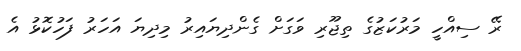
ރޭ ސިއްހީ މަރުކަޒުގެ ތިޖޫރި ވަގަށް ގެންދިޔައިރު މިދިޔަ އަހަރު ފަހުކޮޅު އެ